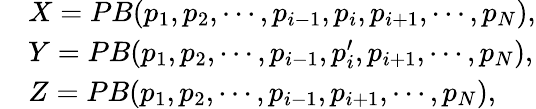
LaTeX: \begin{array}{rl}&{X=PB(p_{1},p_{2},\cdots,p_{i-1},p_{i},p_{i+1},\cdots,p_{N}),}\\ &{Y=PB(p_{1},p_{2},\cdots,p_{i-1},p_{i}^{\prime},p_{i+1},\cdots,p_{N}),}\\ &{Z=PB(p_{1},p_{2},\cdots,p_{i-1},p_{i+1},\cdots,p_{N}),}\end{array}